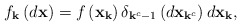
\begin{align*}f_{\mathbf{k}}\left(d\mathbf{x}\right)=f\left(\mathbf{x}_{\mathbf{k}}\right)\delta_{\mathbf{k}^{c}-1}\left(d\mathbf{x}_{\mathbf{k}^{c}}\right)d\mathbf{x}_{\mathbf{k}},\end{align*}